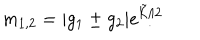
LaTeX: m _ { 1 , 2 } = | g _ { 1 } \pm g _ { 2 } | e ^ { \tilde { \cal K } / 2 }